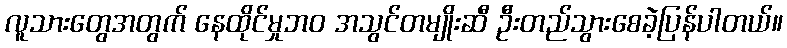
လူသားတွေအတွက် နေထိုင်မှုဘဝ အသွင်တမျိုးဆီ ဦးတည်သွားစေခဲ့ပြန်ပါတယ်။